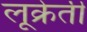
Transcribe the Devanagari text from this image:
लूक्रेती